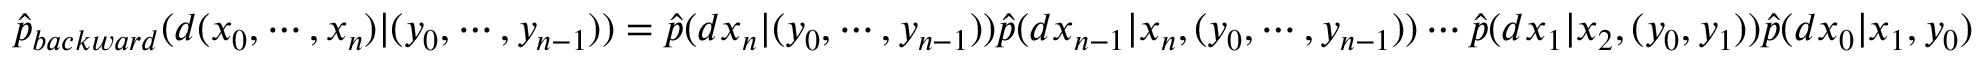
{ \begin{array} { r } { { \widehat { p } } _ { b a c k w a r d } ( d ( x _ { 0 } , \cdots , x _ { n } ) | ( y _ { 0 } , \cdots , y _ { n - 1 } ) ) = { \widehat { p } } ( d x _ { n } | ( y _ { 0 } , \cdots , y _ { n - 1 } ) ) { \widehat { p } } ( d x _ { n - 1 } | x _ { n } , ( y _ { 0 } , \cdots , y _ { n - 1 } ) ) \cdots { \widehat { p } } ( d x _ { 1 } | x _ { 2 } , ( y _ { 0 } , y _ { 1 } ) ) { \widehat { p } } ( d x _ { 0 } | x _ { 1 } , y _ { 0 } ) } \end{array} }